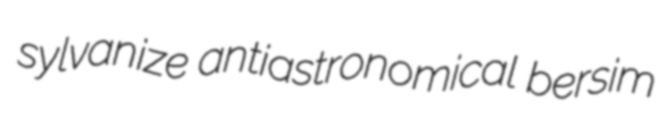
sylvanize antiastronomical bersim